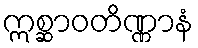
ဣစ္ဆာဝတိဏ္ဏာနံ